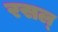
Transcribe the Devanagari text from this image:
रसल्